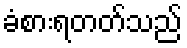
ခံစားရတတ်သည်